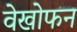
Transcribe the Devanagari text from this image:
वेखोफन